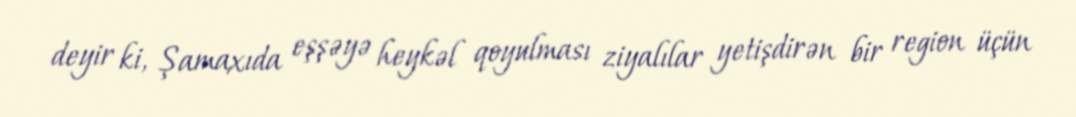
deyir ki, Şamaxıda eşşəyə heykəl qoyulması ziyalılar yetişdirən bir region üçün